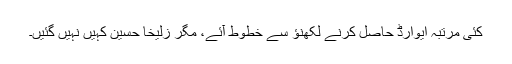
کئی مرتبہ ایوارڈ حاصل کرنے لکھنؤ سے خطوط آئے، مگر زُلیخا حُسین کہیں نہیں گئیں۔